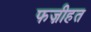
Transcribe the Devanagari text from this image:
फज़ीहत